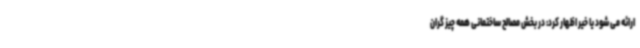
ارائه می شود یا خیر اظهار کرد: در بخش مصالح ساختمانی همه چیز گران